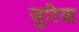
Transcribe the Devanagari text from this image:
जुरिया